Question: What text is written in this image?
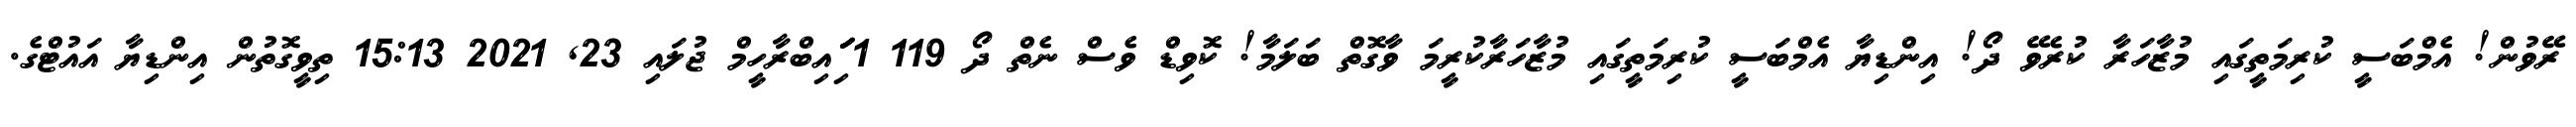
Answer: ރޭވުން! އެމްބަސީ ކުރިމަތީގައި މުޒާހަރާ ކުރެވޭ ދޯ! އިންޑިޔާ އެމްބަސީ ކުރިމަތީގައި މުޒާހަރާކުރީމަ ވާގޮތް ބަލަމާ! ކޮވިޑް ވެސް ނެތް ދޯ 119 1 ަިަަައިބްރާހީމް ޖުލައި 23, 2021 15:13 ތިވީގޮތުން އިންޑިޔާ އައުޓްގެ.